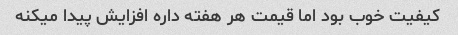
کیفیت خوب بود اما قیمت هر هفته داره افزایش پیدا میکنه